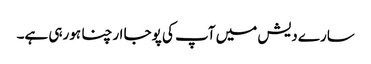
سارے دیش میں آپ کی پوجا ارچنا ہورہی ہے۔